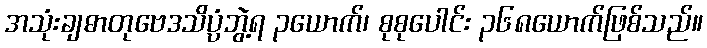
အသုံးချဓာတုဗေဒသိပ္ပံဘွဲ့ရ ၃ယောက်၊ စုစုပေါင်း ၃၆၈ယောက်ဖြစ်သည်။